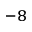
^ { - 8 }